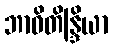
ဘာဝိတိန္ဒြိယာ